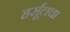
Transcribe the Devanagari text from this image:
हर्सूलचा